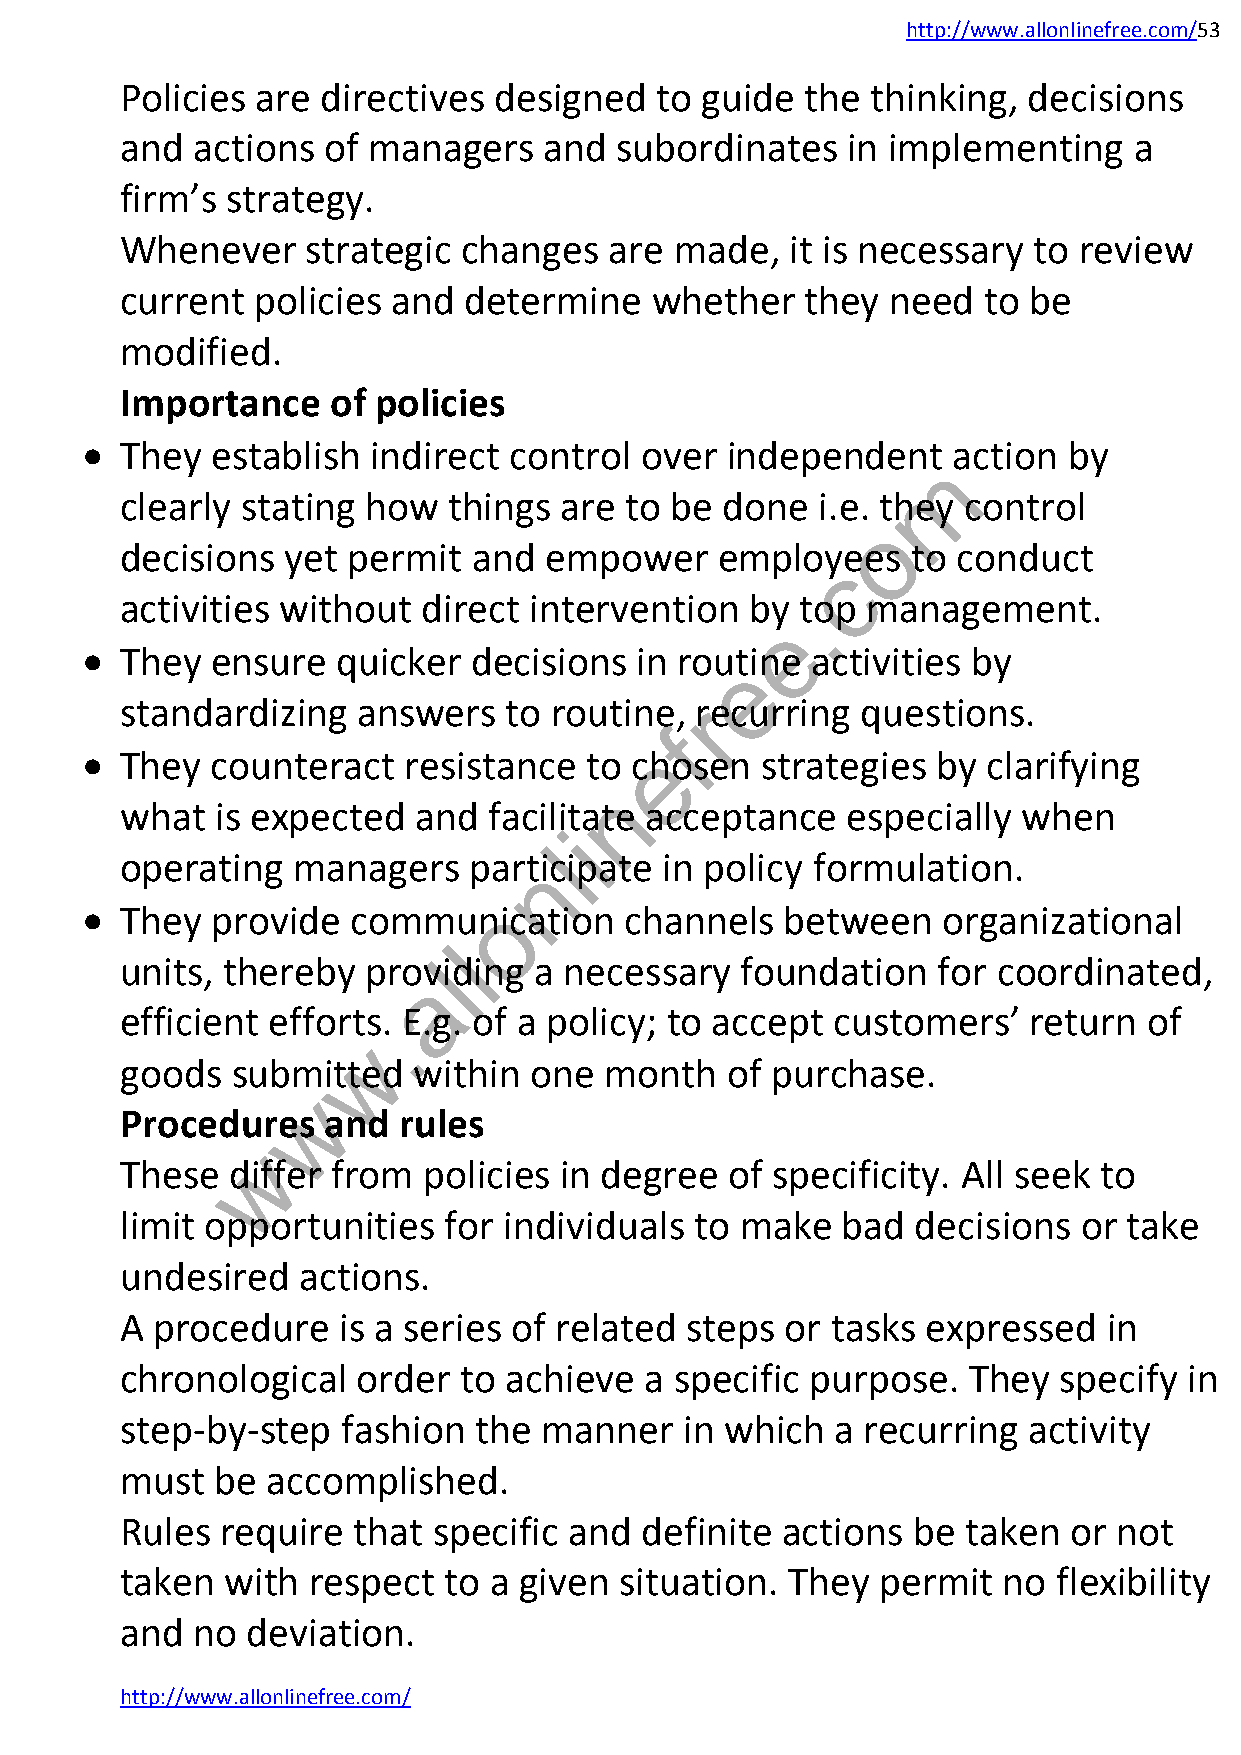
http://www.allonlinefree.com/53
 Policies are directives  designed  to guide  the  thinking, decisions
 and  actions of managers    and  subordinates   in implementing    a
 firm’s strategy.
 Whenever    strategic  changes  are  made,  it is necessary to review
 current  policies and  determine   whether   they  need  to be
 modified.
 Importance    of policies
   They  establish  indirect control over  independent    action  by
 m
 clearly stating how   things are to be  done  i.e. they control
 o
 decisions  yet permit  and  empower    employees    to conduct
 c
 activities without  direct intervention   by .top management.
 e
   They  ensure  quicker  decisions  in routine  activities by
 e
 standardizing   answers   to routine, rrecurring questions.
 f
 e
   They  counteract   resistance  to chosen  strategies  by clarifying
 n
 what  is expected   and facilitate acceptance   especially  when
 i
 l
 operating  managers    partnicipate in policy formulation.
 o
   They  provide  communication     channels   between   organizational
 l
 units, thereby  provliding a necessary   foundation   for coordinated,
 a
 efficient efforts.. E.g. of a policy; to accept customers’  return  of
 w
 goods  submitted   within  one  month   of purchase.
 w
 Procedures   and  rules
 w
 These  differ from  policies in degree  of specificity. All seek to
 limit opportunities  for individuals  to make   bad  decisions  or take
 undesired   actions.
 A procedure   is a series of related steps  or tasks expressed   in
 chronological   order to achieve   a specific purpose.  They  specify  in
 step-by-step   fashion the  manner   in which  a recurring  activity
 must  be  accomplished.
 Rules  require that  specific and definite  actions be  taken  or not
 taken  with  respect to a given  situation. They  permit  no  flexibility
 and  no deviation.
 http://www.allonlinefree.com/